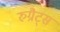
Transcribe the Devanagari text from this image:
रुग्रैट्स